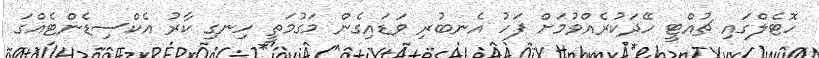
ހޮޓެލްގައި ޗުއްޓީ ހޭދަކުރެއްވުމަށް ފަހު އެނބުރި ވަޑައިގެން މަގުމަތީ ހިނގި ކާރު އެކްސިޑެންޓެއްގަ